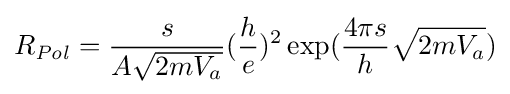
R_{\it {Pol}}={\frac {s}{A{\sqrt {2mV_{a}}}}}({\frac {h}{e}})^{2}\exp({\frac {4{\pi }s}{h}}{\sqrt {2mV_{a}}})